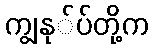
ကျွနု်ပ်တို့က